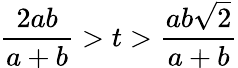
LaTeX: {\frac{2ab}{a+b}}>t>{\frac{ab{\sqrt{2}}}{a+b}}